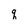
Character: q